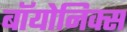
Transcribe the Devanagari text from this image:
बॉयोनिक्स